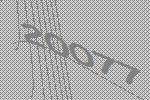
20077